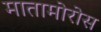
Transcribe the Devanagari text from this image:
मातामोरोस